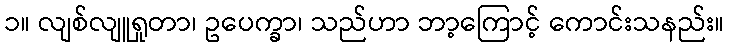
၁။ လျစ်လျူရှုတာ၊ ဥပေက္ခာ၊ သည်ဟာ ဘာ့ကြောင့် ကောင်းသနည်း။